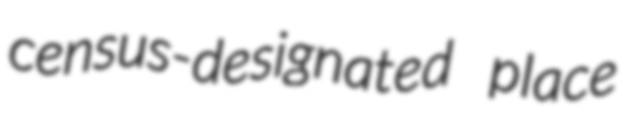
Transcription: census-designated place